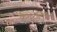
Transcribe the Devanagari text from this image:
केमरलिंग